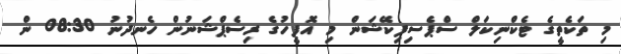
މި ތަކެތީގެ ޓެކްނިކަލް ސްޕެސިފިކޭޝަން މި އޮފީހުގެ ރިސެޕްޝަނުން ހެނދުނު 08:30 ން